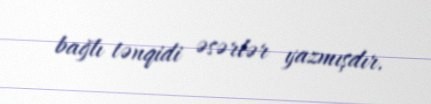
bağlı tənqidi əsərlər yazmışdır.